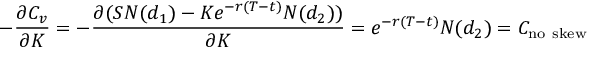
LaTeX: - { \frac { \partial C _ { v } } { \partial K } } = - { \frac { \partial ( S N ( d _ { 1 } ) - K e ^ { - r ( T - t ) } N ( d _ { 2 } ) ) } { \partial K } } = e ^ { - r ( T - t ) } N ( d _ { 2 } ) = C _ { \mathrm { n o ~ s k e w } }